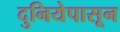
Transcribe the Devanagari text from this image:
दुनियेपासून